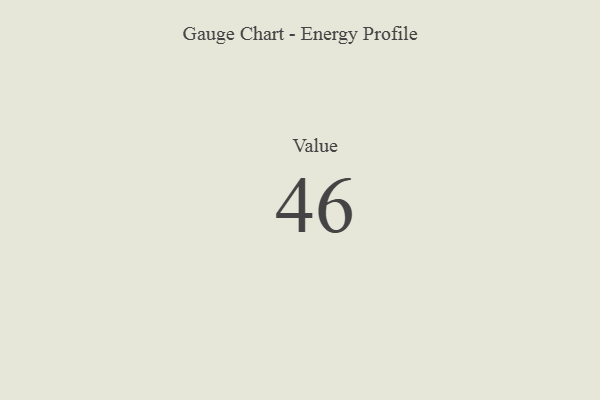
{"axis": {"x": "Metric", "y": "Value"}, "legend": [""], "data": [{"x": "Value", "y": 46, "type": ""}]}